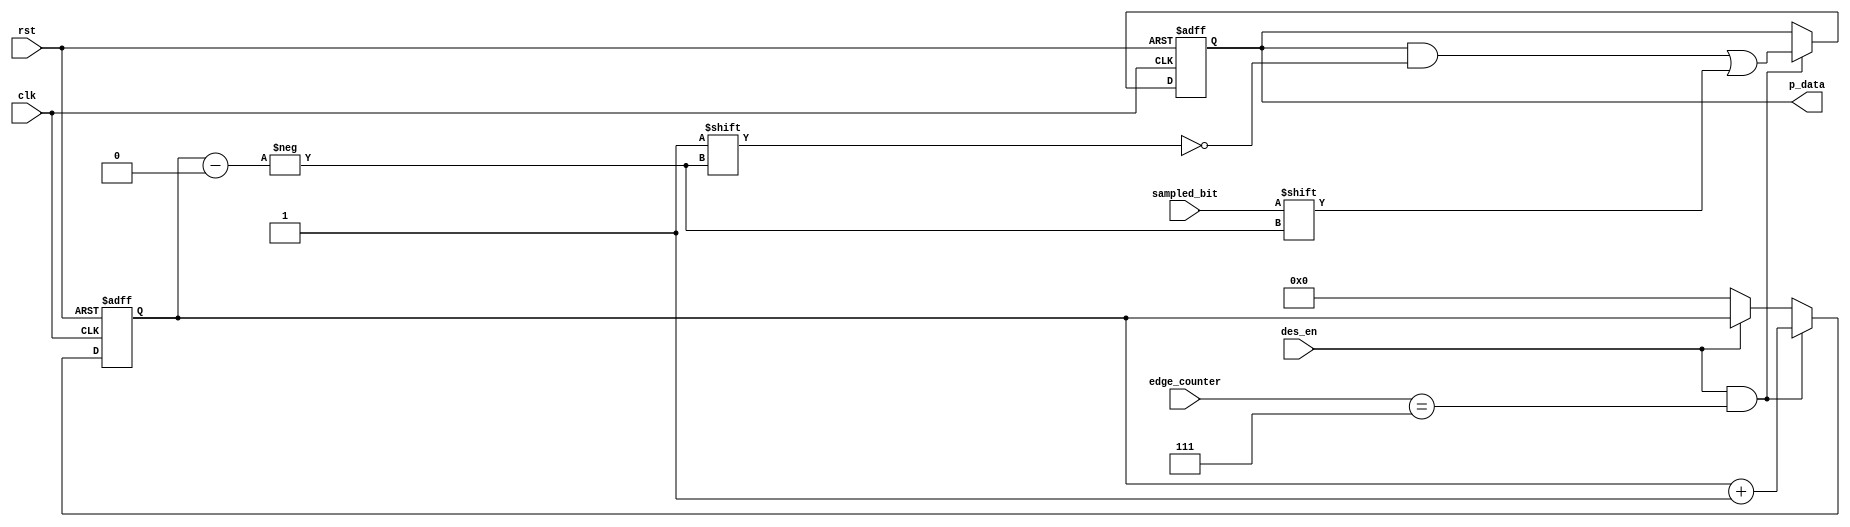
module deserializer# (parameter pre_scalar=8, data_width=8)(
  
  input wire des_en,
  input wire sampled_bit,
  input wire [3:0] edge_counter,
  input wire clk, rst,
  output reg [data_width-1:0] p_data
  );
  
reg [data_width-1:0] data;
reg [3:0] count;
      
 always@(posedge clk or negedge rst)
    begin     
      if(!rst)
        begin
          data<='b0;
          count<='b0;
        end
      else
        begin
          if(des_en && (edge_counter == 'd7))
            begin
              data[count] <= sampled_bit;
              count<=count+1;
          end
        else
          begin
            if(des_en)
              begin
                count<=count;
              end
            else
              begin
                count<='b0;
              end
          end
        end
    end
   
always@(*)
  begin
  p_data = data;
end   
    
// always@(posedge clk or negedge rst)
//    begin     
//      if(!rst)
//        begin
//          p_data<='b0;
//        end
//      else
//        begin
//            p_data<= data;
//        end
//      end
      
endmodule